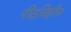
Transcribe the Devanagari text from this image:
पीठविहीन